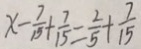
x - \frac { 7 } { 1 5 } + \frac { 7 } { 1 5 } = \frac { 2 } { 5 } + \frac { 7 } { 1 5 }